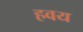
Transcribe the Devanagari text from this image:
हवय